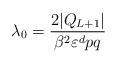
LaTeX: \begin{align*}\lambda_0 = \frac{2 |Q_{L + 1}|}{\beta^2 \varepsilon^d pq}\end{align*}